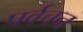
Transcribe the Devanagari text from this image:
पर्वचन